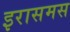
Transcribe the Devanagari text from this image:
इरासमस